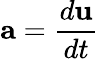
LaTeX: \displaystyle\mathbf{a}=\frac{d\mathbf{u}}{dt}